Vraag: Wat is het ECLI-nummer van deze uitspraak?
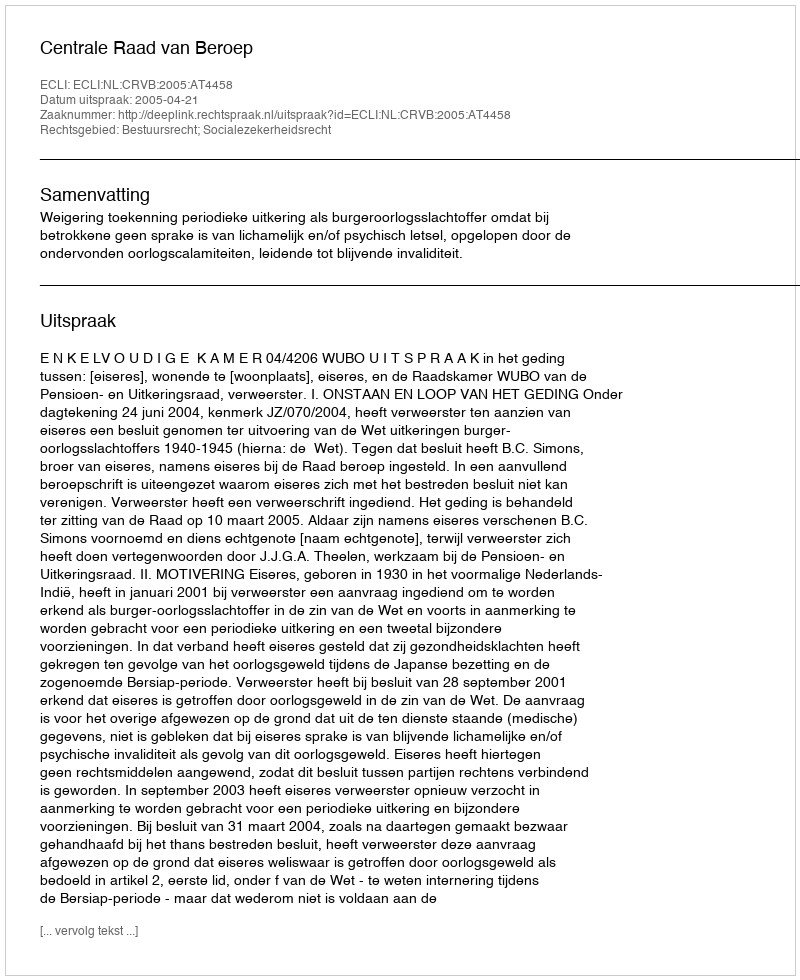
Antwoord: ECLI:NL:CRVB:2005:AT4458